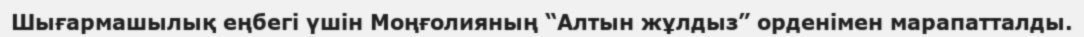
Шығармашылық еңбегі үшін Моңғолияның “Алтын жұлдыз” орденімен марапатталды.